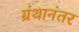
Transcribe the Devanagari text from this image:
ग्रंथानंतर